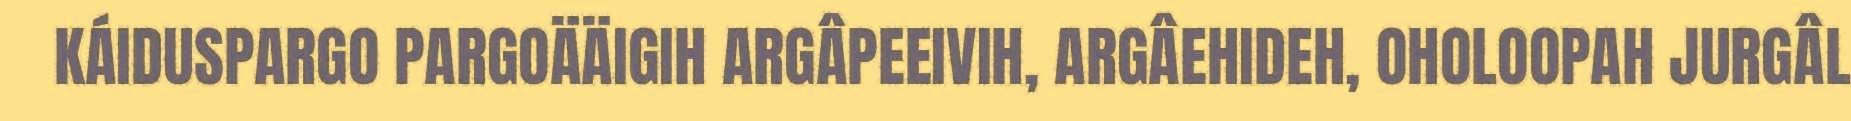
KÁIDUSPARGO PARGOÄÄIGIH ARGÂPEEIVIH, ARGÂEHIDEH, OHOLOOPAH JURGÂL